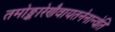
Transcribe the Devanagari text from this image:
तमोङ्कारेणैवायतनेनान्वेति